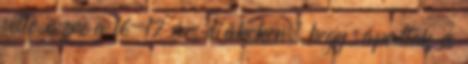
vette észre a 16-17 éves diákokon, hogy sápadtak és